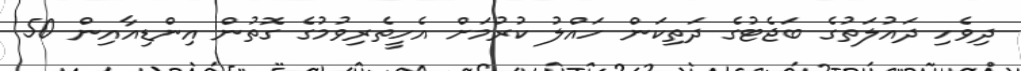
ދިވެހި ދައުލަތުގެ ބަޖެޓުގެ ދަތިކަން ހައްލު ކުރުމަށް އެހީތެރިވުމުގެ ގޮތުން އިންޑިއާއިން 50